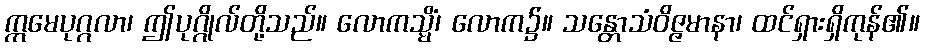
ဣမေပုဂ္ဂလာ၊ ဤပုဂ္ဂိုလ်တို့သည်။ လောကသ္မိံ၊ လောက၌။ သန္တောသံဝိဇ္ဇမာနာ၊ ထင်ရှားရှိကုန်၏။